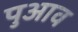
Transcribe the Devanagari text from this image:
पुआव